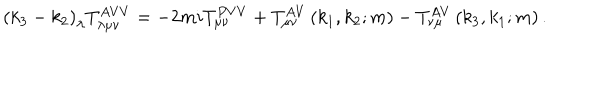
\left( k _ { 3 } - k _ { 2 } \right) _ { \lambda } T _ { \lambda \mu \nu } ^ { A V V } = - 2 m i T _ { \mu \nu } ^ { P V V } + T _ { \mu \nu } ^ { A V } \left( k _ { 1 } , k _ { 2 } ; m \right) - T _ { \nu \mu } ^ { A V } \left( k _ { 3 } , k _ { 1 } ; m \right) .